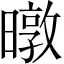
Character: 暾